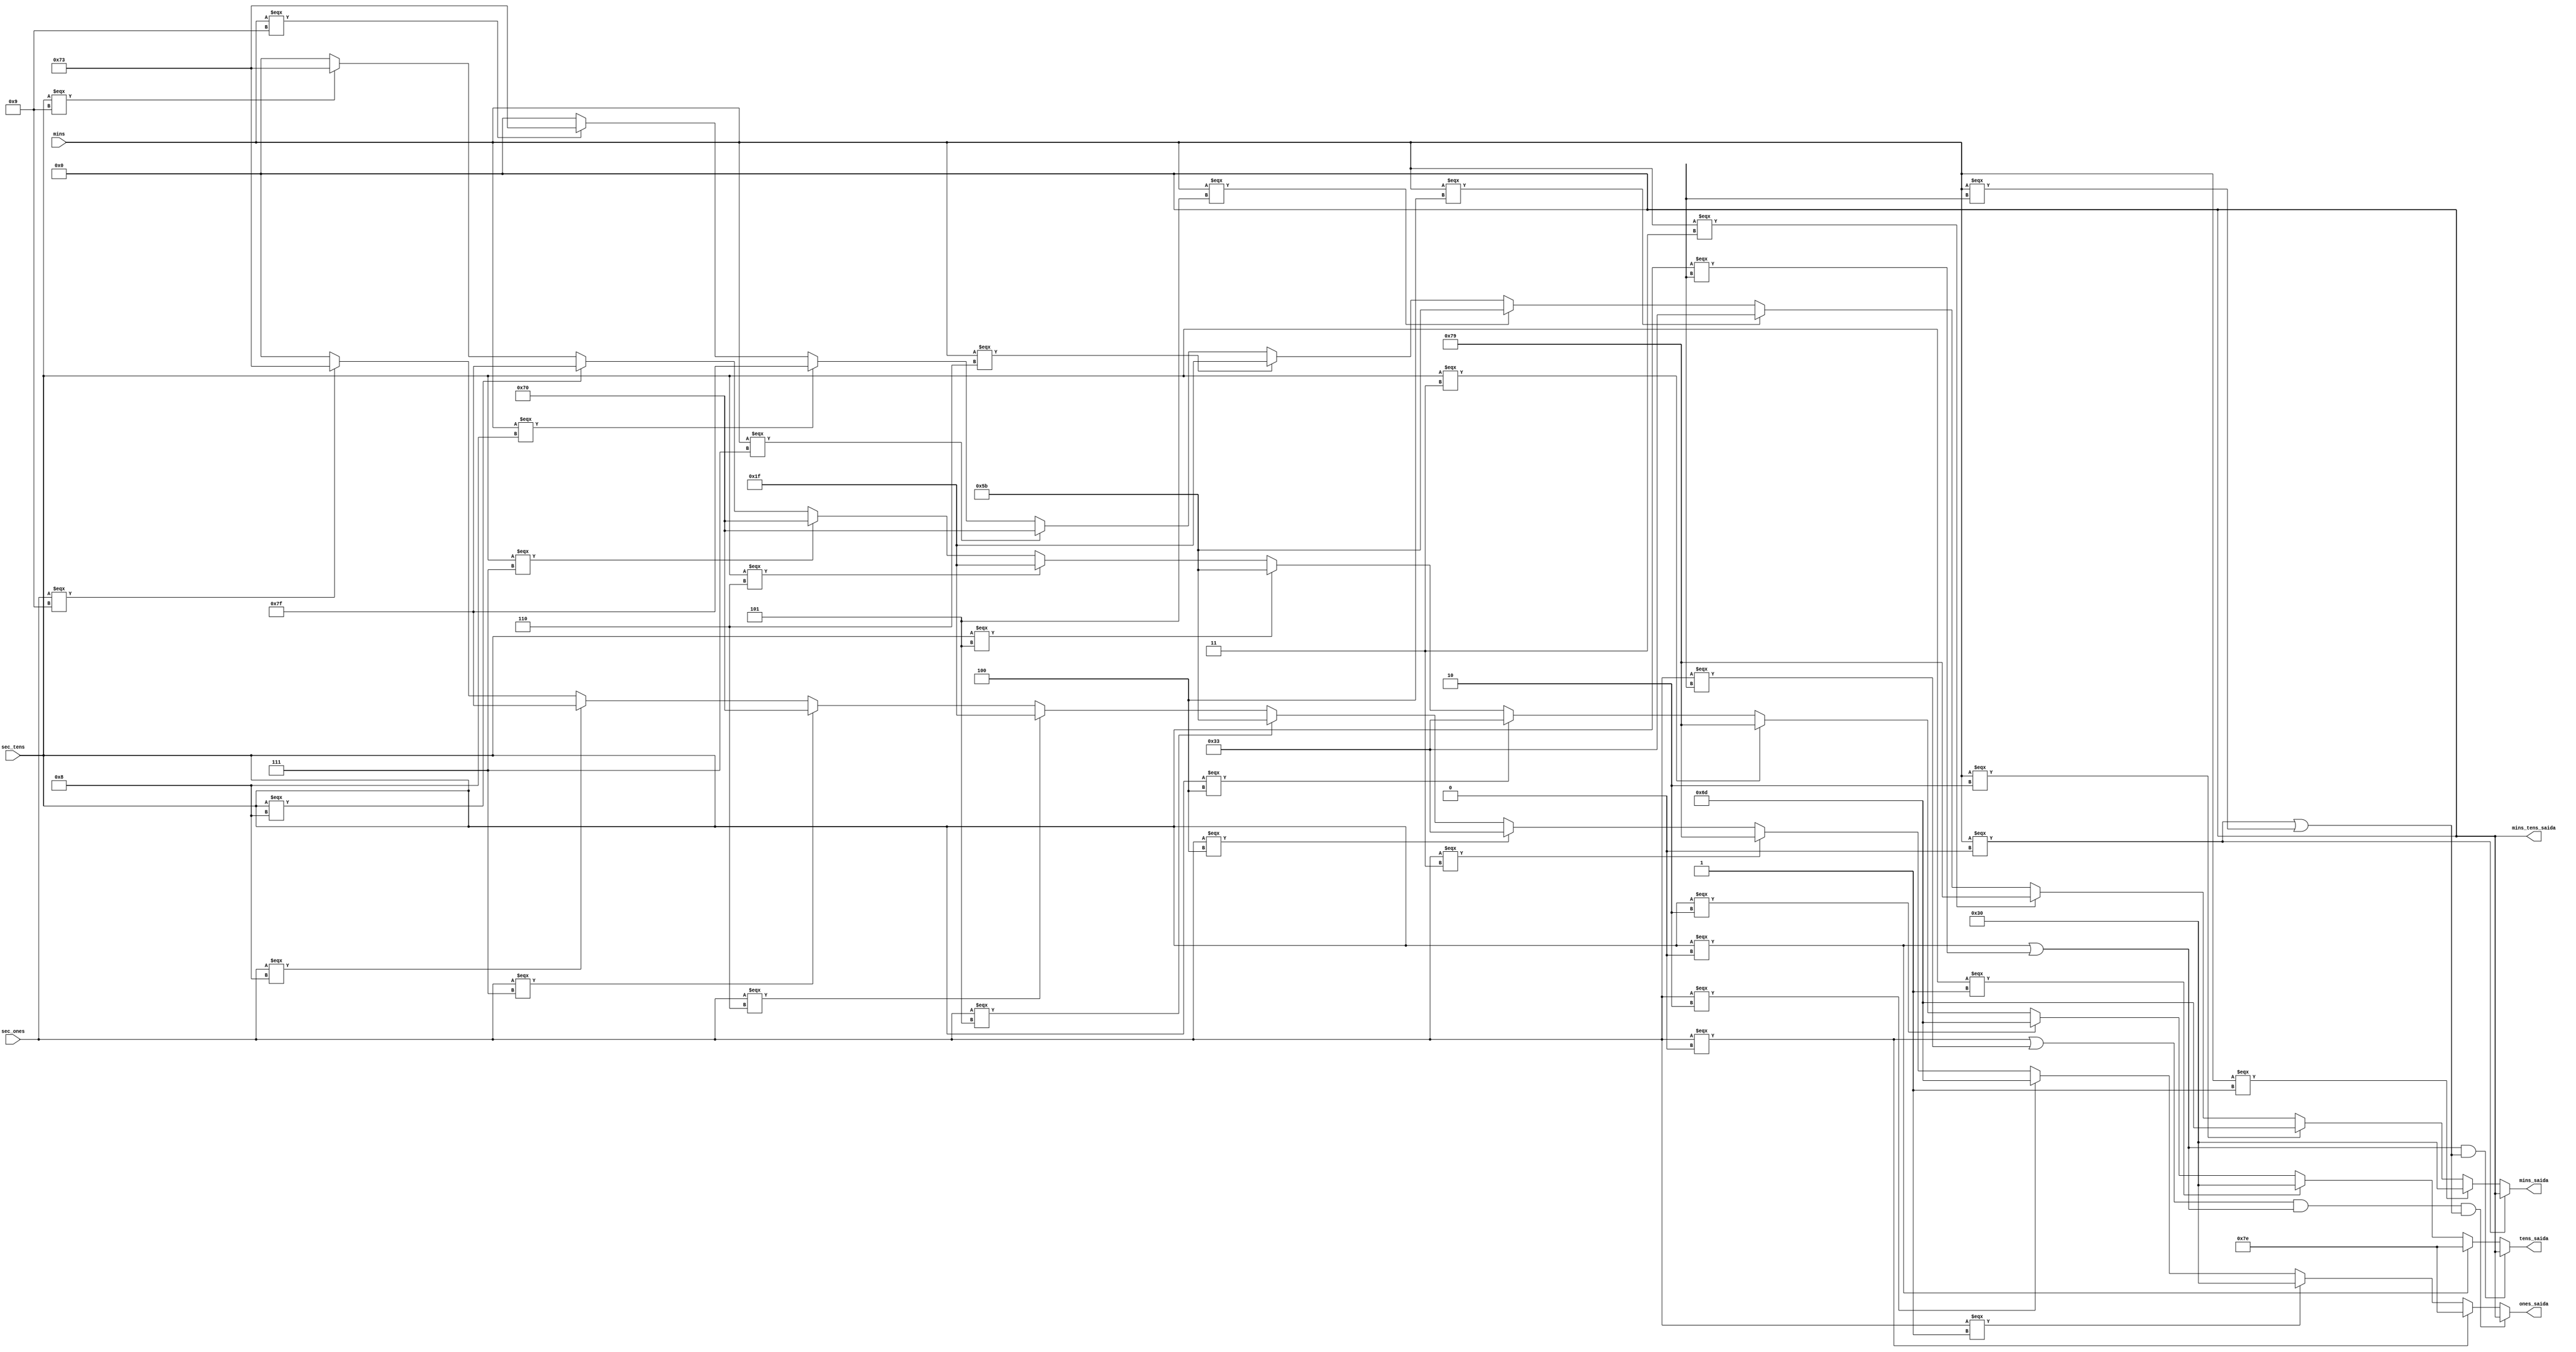
//      0
//   5     1
//      6
//   4     2
//      3

// usamos 7 seguimentos ativos em alto
module decoder (input [3:0] sec_ones, sec_tens, mins,
                output [6:0] ones_saida, tens_saida, mins_saida, mins_tens_saida);
    // digito dos minutos,  vazio sempre que  0
    assign mins_saida = (mins === 4'b0000) ? 7'b000_0000 : // 0 a esquerda
                        (mins === 4'b0001) ? 7'b011_0000 : // 1
                        (mins === 4'b0010) ? 7'b110_1101 : // 2
                        (mins === 4'b0011) ? 7'b111_1001 : // 3
                        (mins === 4'b0100) ? 7'b011_0011 : // 4
                        (mins === 4'b0101) ? 7'b101_1011 : // 5
                        (mins === 4'b0110) ? 7'b001_1111 : // 6
                        (mins === 4'b0111) ? 7'b111_0000 : // 7
                        (mins === 4'b1000) ? 7'b111_1111 : // 8
                        (mins === 4'b1001) ? 7'b111_0011 : // 9
                        7'b000_0000;
    
    // digito das desenas dos segundos,  vazio sempre que  0 e os minutos so 0
    assign tens_saida = ((sec_tens === 4'b0000 || sec_tens === 4'bXXXX) && (mins === 4'b0000 || mins === 4'bXXXX)) ? 7'b000_0000 : // 0 a esquerda
                        (sec_tens === 4'b0000) ? 7'b111_1110 : // 0
                        (sec_tens === 4'b0001) ? 7'b011_0000 : // 1
                        (sec_tens === 4'b0010) ? 7'b110_1101 : // 2
                        (sec_tens === 4'b0011) ? 7'b111_1001 : // 3
                        (sec_tens === 4'b0100) ? 7'b011_0011 : // 4
                        (sec_tens === 4'b0101) ? 7'b101_1011 : // 5
                        (sec_tens === 4'b0110) ? 7'b001_1111 : // 6
                        (sec_tens === 4'b0111) ? 7'b111_0000 : // 7
                        (sec_tens === 4'b1000) ? 7'b111_1111 : // 8
                        (sec_tens === 4'b1001) ? 7'b111_0011 : // 9
                        7'b000_0000;

    // digito das desenas dos segundos,  vazio sempre que todas entradas so 0
    assign ones_saida = ((sec_ones === 4'b0000 || sec_ones === 4'bXXXX) && (sec_tens === 4'b0000 || sec_tens === 4'bXXXX) && (mins === 4'b0000 || mins === 4'bXXXX)) ? 7'b000_0000 : // 0 a esquerda
                        (sec_ones === 4'b0000) ? 7'b111_1110 : // 0
                        (sec_ones === 4'b0001) ? 7'b011_0000 : // 1
                        (sec_ones === 4'b0010) ? 7'b110_1101 : // 2
                        (sec_ones === 4'b0011) ? 7'b111_1001 : // 3
                        (sec_ones === 4'b0100) ? 7'b011_0011 : // 4
                        (sec_ones === 4'b0101) ? 7'b101_1011 : // 5
                        (sec_ones === 4'b0110) ? 7'b001_1111 : // 6
                        (sec_ones === 4'b0111) ? 7'b111_0000 : // 7
                        (sec_ones === 4'b1000) ? 7'b111_1111 : // 8
                        (sec_ones === 4'b1001) ? 7'b111_0011 : // 9
                        7'b000_0000;

    assign mins_tens_saida = 7'b000_0000;
endmodule